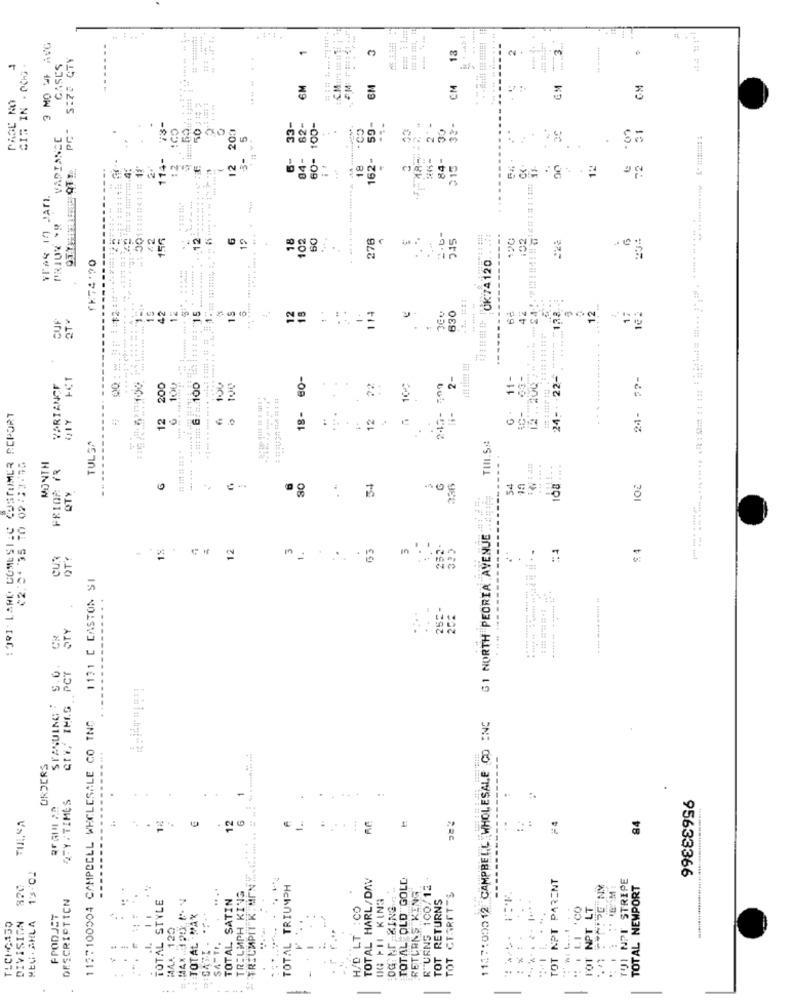
3 M0 4 AVG
-
13
GASES
CIS IN . OCH3 -
6M
CM
CM
PAGE NO
13-
200
33-
82
60- 100-
.CO
59-
2 -
39
VARIANCE
5
114-
6-
84-
162-
84-
---
12
12
---------
18
..
72
----
PRIDE -8
156
6
12
18
102
60
276
....
----
102
23:
+
TK74:00
OK74 120
138 ...
12
19
114
12
CUP
OTY
15
42
15
530
102
2-
11-
24- 22-
77-
24- 77-
VARIANCE
200
::. 100
100
. .
72
100
: JRI" LAND COMESIAC COSTUMER REPORT
417
12
18-
12
24-
TULSA
.
TINI.S .:
(2:265 10 02:13:30
MONTH
...
FRIOR 7R
QTY
30
34
54
0
G1 NORTH PEORIA AVENUE
..
1%
63
252.
:4
$ 4
OT :
In
1131 C CASTON SI
STY
CR
$.0
STANUING :
1137100004 CAMPBELL WHOLESALE CO INC
1137:00012 CAMPBELL WHOLESALE CO INC
...
ORDERS
QFY . TIMES
-
...
12
84
.....
1
:
13.02
MEU. SHLA 13:02
STRICMPIT KIMONY
TOTAL HARL/DAV
TOTAL OLD GOLD
---
TOT NPT PARENT
TUI NPI STRIPE
95633366
TRELMPH KING
TOTAL TRIUMPH
RTURNS 100/12
TOTAL NEWPORT
DESCRIPTION
TOTAL STYLE
TOTAL SATIN
OG PIL KING
NG
TOT RETURNS
TOT CEARETTS
..
TOTAL MAX
H/D LT : CO
FOT NPT LT
DIVISION
FPODJET
TLCHG150
1.
MAA 120
RETURN
.
-
-